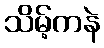
သိမ့်ကနဲ